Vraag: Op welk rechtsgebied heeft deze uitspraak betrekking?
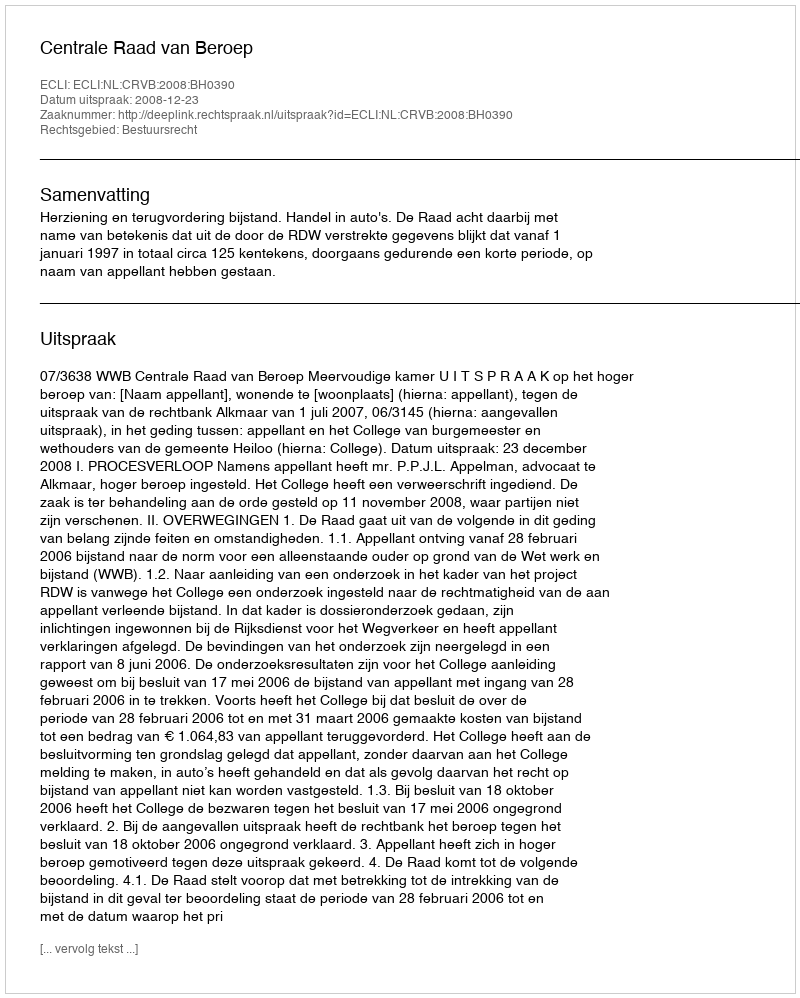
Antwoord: Bestuursrecht